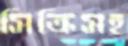
সিক্রিসহ